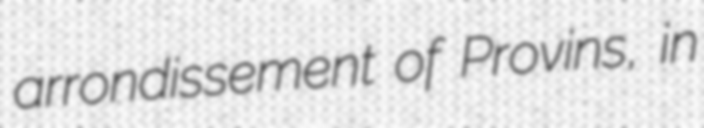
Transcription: arrondissement of Provins, in